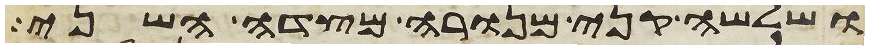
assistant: ושלשה קני מנורה מצדה השני